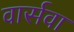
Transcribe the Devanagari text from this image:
वार्सवा